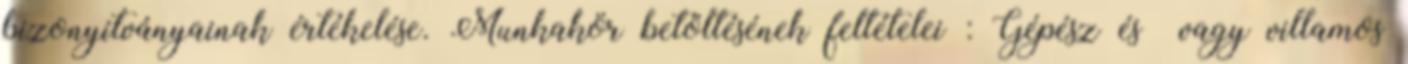
bizonyítványainak értékelése. Munkakör betöltésének feltételei : Gépész és vagy villamos